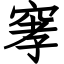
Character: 窙